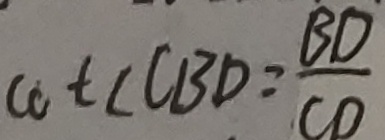
\cot \angle C B D = \frac { B D } { C D }